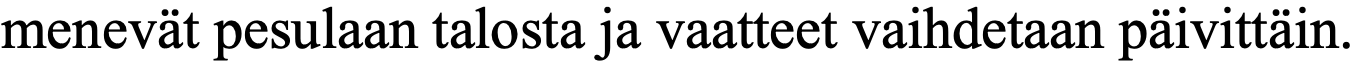
menevät pesulaan talosta ja vaatteet vaihdetaan päivittäin.